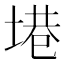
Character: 塂